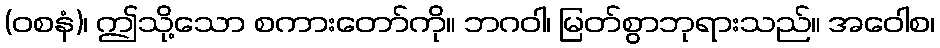
(ဝစနံ)၊ ဤသို့သော စကားတော်ကို။ ဘဂဝါ၊ မြတ်စွာဘုရားသည်။ အဝေါစ၊